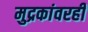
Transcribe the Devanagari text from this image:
मुद्रकांवरही